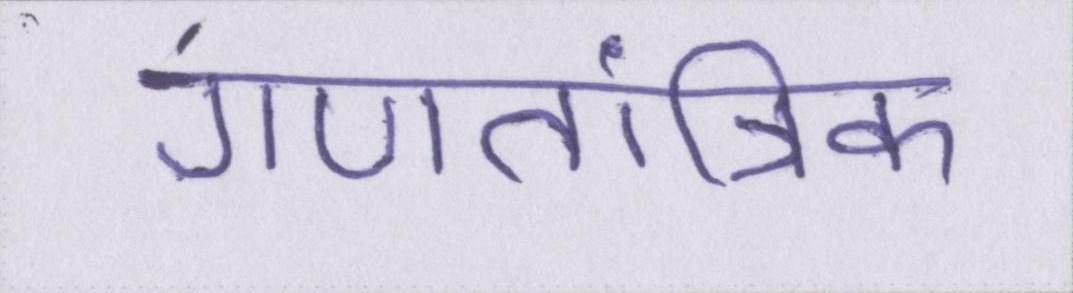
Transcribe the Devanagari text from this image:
गणतांत्रिक